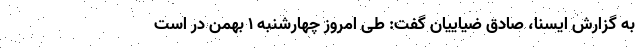
به گزارش ایسنا، صادق ضیاییان گفت: طی امروز چهارشنبه ۱ بهمن در است